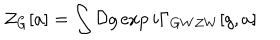
LaTeX: { \cal Z } _ { G } [ a ] = \int { \cal D } g \exp { i \Gamma _ { G W Z W } [ g , a ] }